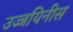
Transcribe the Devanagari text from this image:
उज्जयिनीस